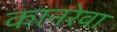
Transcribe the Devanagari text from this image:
कानरेवा